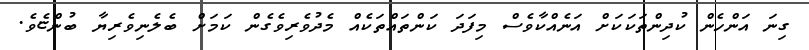
ގިނަ އަންހެން ކުދިންތަކަަކަށް އަނެއްކާވެސް މިފަދަ ކަންތައްތަކެއް މެދުވެރިވެގެން ކަމަށް ބެލެނިވެރިޔާ ބުންޏެވެ.